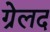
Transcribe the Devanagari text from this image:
ग्रेलद